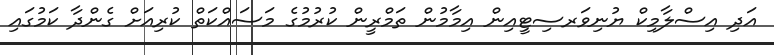
އަދި އިސްލާމިކް ޔުނިވަރސިޓީއިން އިމާމުން ތަމްރީން ކުރުމުގެ މަސައްކަތް ކުރިއަށް ގެންދާ ކަމުގައި